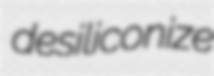
desiliconize